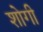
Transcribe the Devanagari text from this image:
शोगी